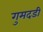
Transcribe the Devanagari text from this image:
गुमदडी